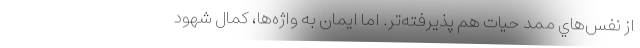
از نفس‌هاي ممد حيات هم پذيرفته‌تر. اما ايمان به واژه‌ها، كمال شهود